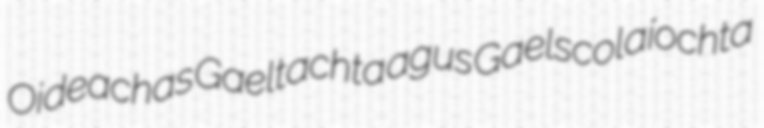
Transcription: Oideachas Gaeltachta agus Gaelscolaíochta